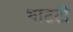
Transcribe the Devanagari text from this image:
भाटटी